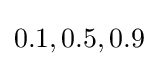
0.1,0.5,0.9